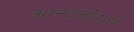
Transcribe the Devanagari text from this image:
आनंदजीमधले